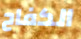
الكفاح